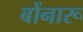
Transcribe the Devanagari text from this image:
बोंनारू